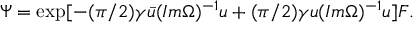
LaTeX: \Psi = \exp [ - ( \pi / 2 ) \gamma \bar { u } ( I m \Omega ) ^ { - 1 } u + ( \pi / 2 ) \gamma u ( I m \Omega ) ^ { - 1 } u ] F .